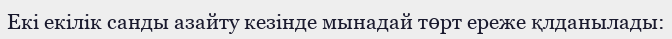
Екi екiлiк санды азайту кезiнде мынадай төрт ереже қлданылады: